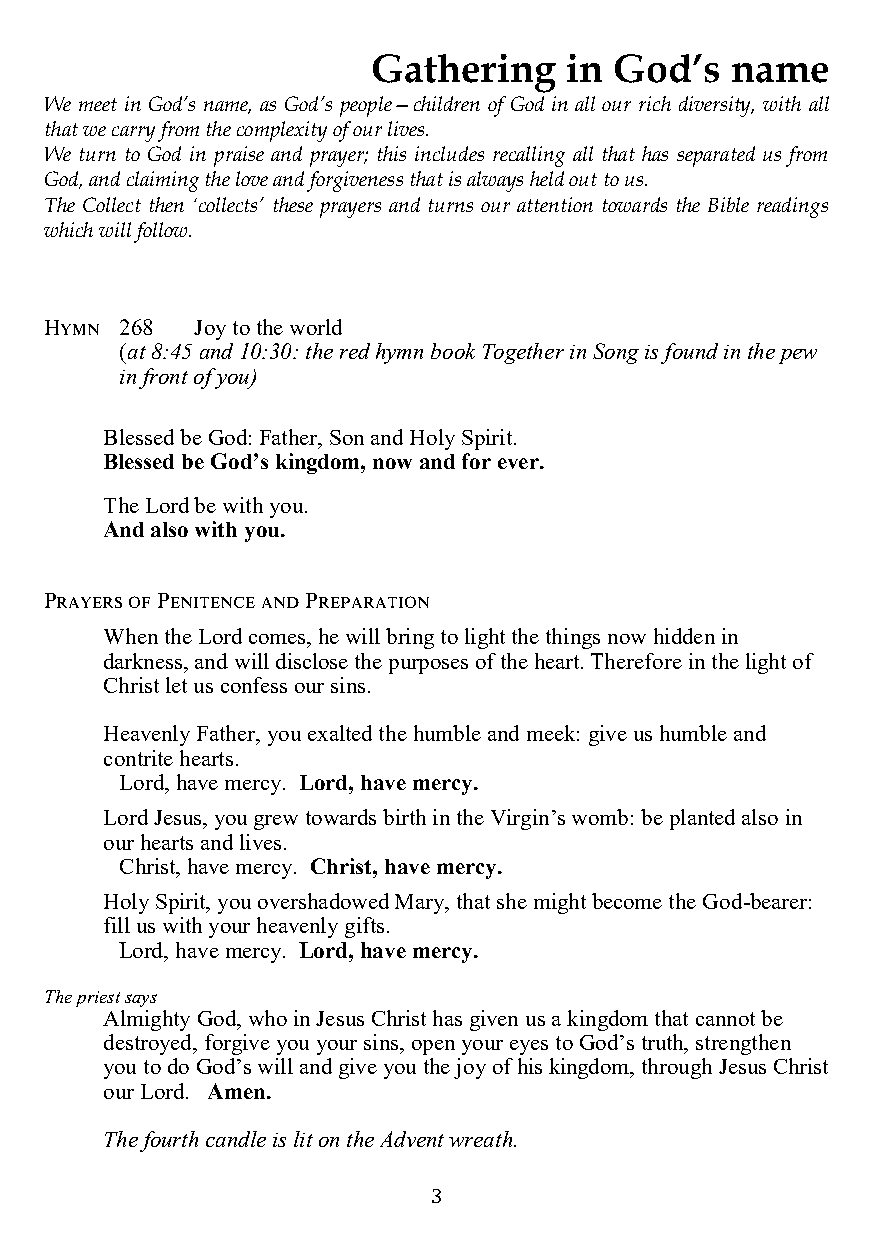
Gathering   in  God’s  name
 We meet in God’s name, as God’s people—children of God in all our rich diversity, with all
 that we carry from the complexity of our lives.
 We turn to God in praise and prayer; this includes recalling all that has separated us from
 God, and claiming the love and forgiveness that is always held out to us.
 The Collect then ‘collects’ these prayers and turns our attention towards the Bible readings
 which will follow.
 Hymn 268  Joy to the world
 (at 8:45 and 10:30: the red hymn book Together in Song is found in the pew
 in front of you)
 Blessed be God: Father, Son and Holy Spirit.
 Blessed be God’s kingdom, now and for ever.
 The Lord be with you.
 And also with you.
 Prayers of Penitence and Preparation
 When the Lord comes, he will bring to light the things now hidden in
 darkness, and will disclose the purposes of the heart. Therefore in the light of
 Christ let us confess our sins.
 Heavenly Father, you exalted the humble and meek: give us humble and
 contrite hearts.
 Lord, have mercy. Lord, have mercy.
 Lord Jesus, you grew towards birth in the Virgin’s womb: be planted also in
 our hearts and lives.
 Christ, have mercy. Christ, have mercy.
 Holy Spirit, you overshadowed Mary, that she might become the God-bearer:
 fill us with your heavenly gifts.
 Lord, have mercy. Lord, have mercy.
 The priest says
 Almighty God, who in Jesus Christ has given us a kingdom that cannot be
 destroyed, forgive you your sins, open your eyes to God’s truth, strengthen
 you to do God’s will and give you the joy of his kingdom, through Jesus Christ
 our Lord. Amen.
 The fourth candle is lit on the Advent wreath.
 3